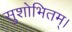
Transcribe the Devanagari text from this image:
सुशोभितम्।